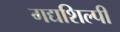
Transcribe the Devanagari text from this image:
गद्यशिल्पी